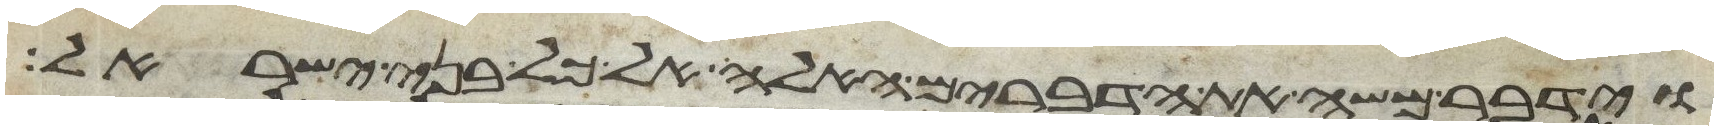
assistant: וידבר משה את הדברים האלה אל כל בני ישראל